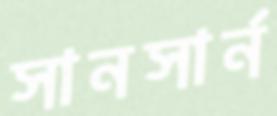
সানসার্ন